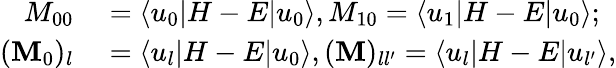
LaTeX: \begin{array}{rl}{M_{00}}&{{}=\langle u_{0}|H-E|u_{0}\rangle,M_{10}=\langle u_{1}|H-E|u_{0}\rangle;}\\ {(\mathbf{M}_{0})_{l}}&{{}=\langle u_{l}|H-E|u_{0}\rangle,(\mathbf{M})_{ll^{\prime}}=\langle u_{l}|H-E|u_{l^{\prime}}\rangle,}\end{array}